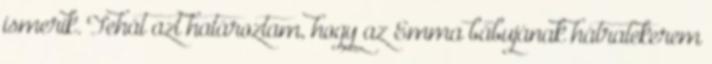
ismerik. Tehát azt határoztam, hogy az Emma bábujának hátratekerem